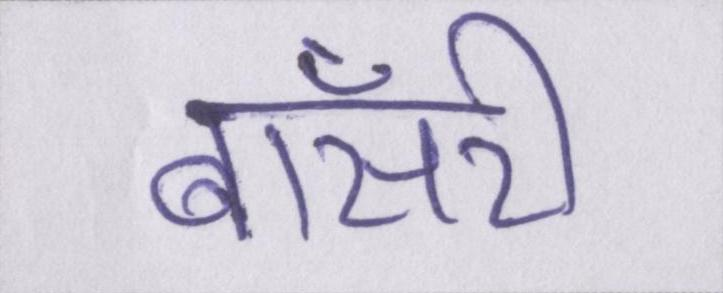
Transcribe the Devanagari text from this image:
बॉसरी